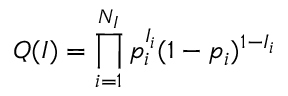
Q ( I ) = \prod _ { i = 1 } ^ { N _ { I } } p _ { i } ^ { I _ { i } } ( 1 - p _ { i } ) ^ { 1 - I _ { i } }